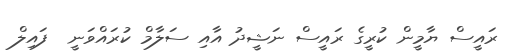
ރައީސް ޔާމީން ކުރީގެ ރައީސް ނަޝީދު އާއި ސަލާމް ކުރައްވަނީ  ފައިލް